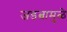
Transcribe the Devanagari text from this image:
जडत्वामुळे